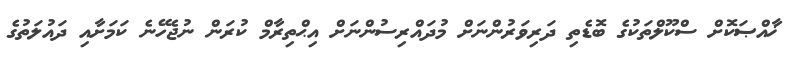
ޚާއްޞަކޮށް ސްކޫލްތަކުގެ ބޮޑެތި ދަރިވަރުންނަށް މުދައްރިސުންނަށް އިޙްތިރާމް ކުރަން ނުޖެހޭނެ ކަމަށާއި ދައުލަތުގެ